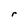
Character: r